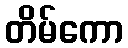
တိမ်ကော